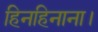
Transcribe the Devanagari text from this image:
हिनहिनाना।